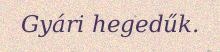
Gyári hegedűk.